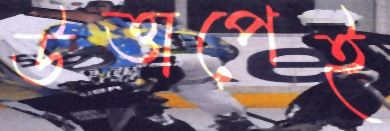
উত্তাপেই